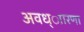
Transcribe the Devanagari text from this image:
अवध्ाारणा